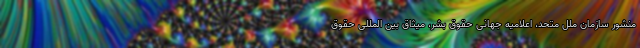
منشور سازمان ملل متحد، اعلامیه جهانی حقوق بشر، میثاق بین المللی حقوق